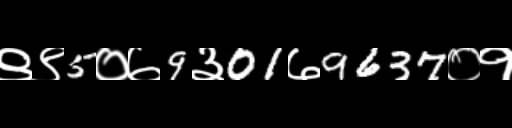
Text: ९९5०७9३01७9637०१